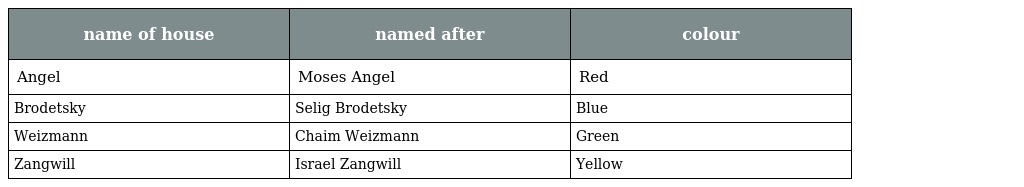
| name of house | named after | colour |
 | --- | --- | --- |
 | Angel | Moses Angel | Red |
 | Brodetsky | Selig Brodetsky | Blue |
 | Weizmann | Chaim Weizmann | Green |
 | Zangwill | Israel Zangwill | Yellow |